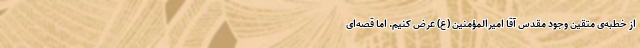
از خطبه‌ی متقین وجود مقدس آقا امیرالمؤمنین (ع) عرض کنیم. اما قصه‌ای